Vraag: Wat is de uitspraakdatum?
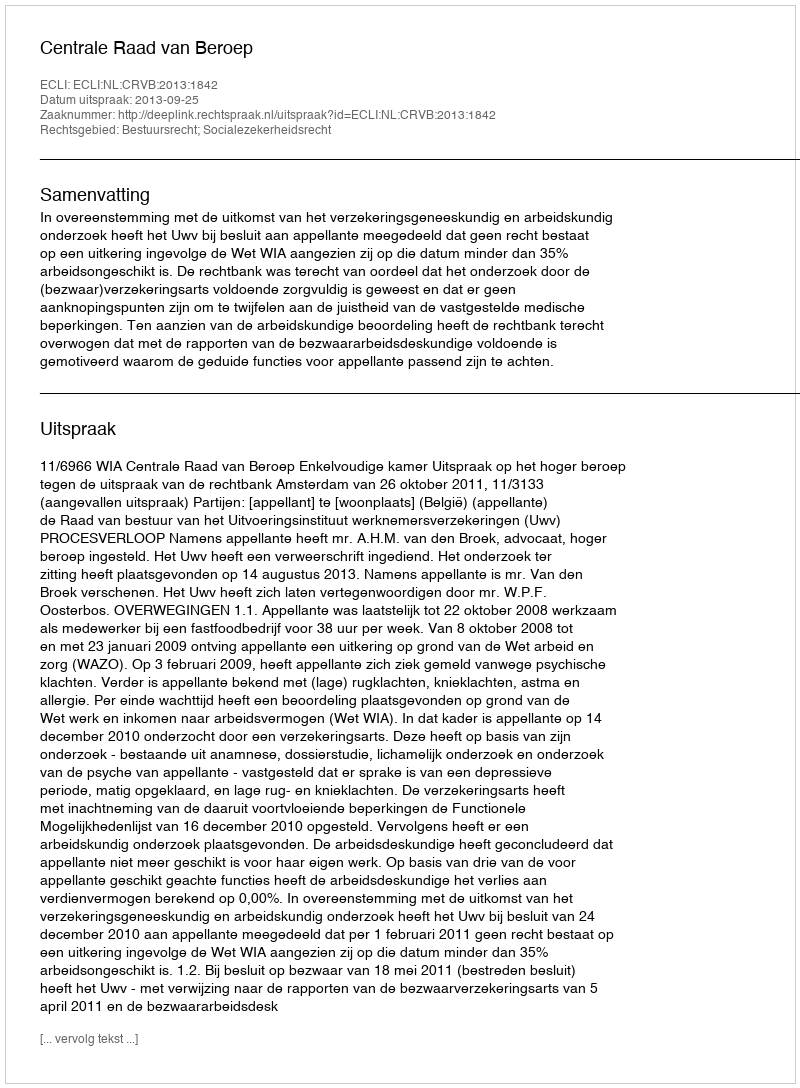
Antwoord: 2013-09-25